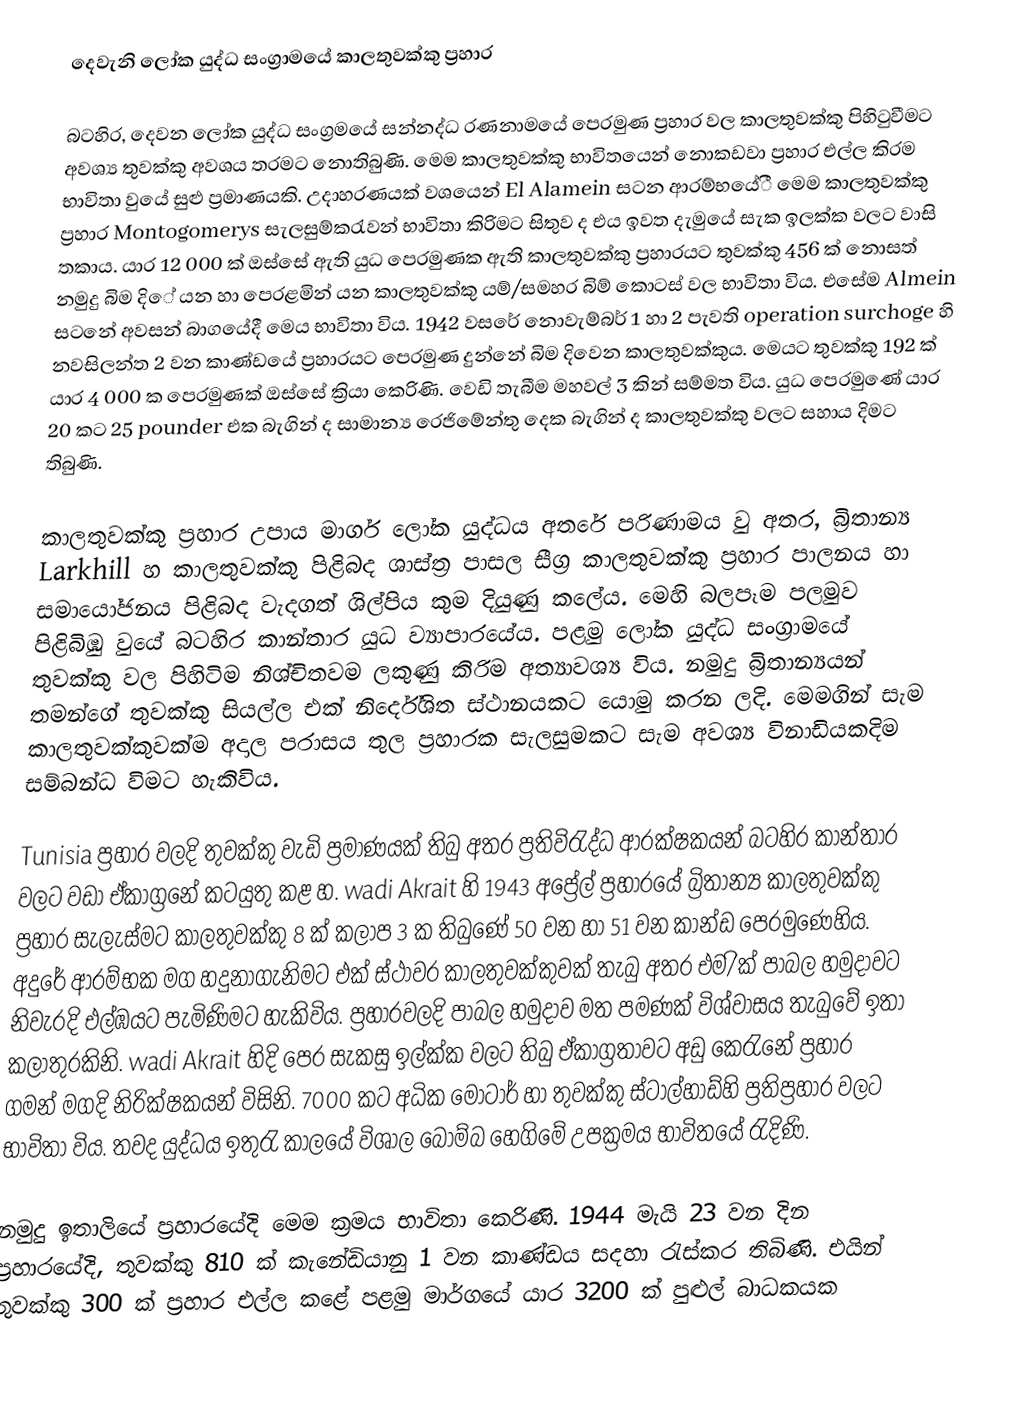
දෙවැනි ලෝක යුද්ධ සංග්‍රාමයේ කාලතුවක්කු ප්‍රහාර

	බටහිර, දෙවන ලෝක යුද්ධ සංග්‍රමයේ සන්නද්ධ රණනාමයේ පෙරමුණ ප්‍රහාර වල කාලතුවක්කු පිහිටුවීමට අවශ්‍ය තුවක්කු අවශය තරමට නොතිබුණි. මෙම කාලතුවක්කු භාවිතයෙන් නොකඩවා ප්‍රහාර එල්ල කිරම භාවිතා වුයේ සුළු ප්‍රමාණයකි. උදාහරණයක් වශයෙන් El Alamein සටන  ආරම්භයේී මෙම කාලතුවක්කු ප්‍රහාර Montogomerys සැලසුම්කරැවන් භාවිතා කිරිමට සිතුව ද එය ඉවත දැමුයේ සැක ඉලක්ක වලට වාසි තකාය. යාර 12 000 ක් ඔස්සේ ඇති යුධ පෙරමුණක ඇති කාලතුවක්කු ප්‍රහාරයට තුවක්කු 456 ක් නොසත් නමුදු බිම දි‍ේ යන හා පෙරළමින් යන කාලතුවක්කු යම්/සමහර බිම් කොටස් වල භාවිතා විය. එසේම Almein සටනේ අවසන් බාගයේදී මෙය භාවිතා විය. 1942 වසරේ නොවැම්බර් 1 හා 2 පැවති  operation surchoge හි නවසිලන්ත 2 වන කාණ්ඩයේ ප්‍රහාරයට පෙරමුණ දුන්නේ බිම දිවෙන කාලතුවක්කුය. මෙයට තුවක්කු 192 ක් යාර 4 000 ක පෙරමුණක් ඔස්සේ ක්‍රියා කෙරිණි. වෙඩි තැබීම මහවල් 3 කින් සම්මත විය. යුධ පෙරමුණේ යාර 20 කට  25 pounder එක බැගින් ද සාමාන්‍ය රෙජිමේන්තු දෙක බැගින් ද කාලතුවක්කු ‍වලට සහාය දිමට තිබුණි.

කාලතුවක්කු ප්‍රහාර උපාය මාර්ග ලෝක යුද්ධය අතරේ පරිණාමය වු අතර, බ්‍රිතාන්‍ය  Larkhill හ කාලතුවක්කු  පිළිබද ශාස්ත්‍ර පාසල සීග්‍ර කාලතුවක්කු ප්‍රහාර පාලනය හා සමායෝජනය පිළිබද වැදගත් ශිල්පිය කුම දියුණු කලේය. මෙහි බලපෑම පලමුව පිළිබිඹු වුයේ බටහිර කාන්තාර යුධ ව්‍යාපාරයේය. පළමු ලෝක යුද්ධ සංග්‍රාමයේ තුවක්කු වල පිහිටිම නිශ්චිතවම ලකුණු කිරිම අත්‍යාවශ්‍ය විය. නමුදු බ්‍රිතාන්‍යයන් තමන්ගේ තුවක්කු සියල්ල එක් නිර්දේශිත ස්ථානයකට යොමු කරන ලදි. මෙමගින් සැම කාලතුවක්කුවක්ම අදාල පරාසය තුල ප්‍රහාරක සැලසුමකට සැම අවශ්‍ය විනාඩියකදිම සම්බන්ධ විමට හැකිවිය.

Tunisia ප්‍රහාර වලදි තුවක්කු වැඩි ප්‍රමාණයක් තිබු අතර ප්‍රතිවිරැද්ධ ආරක්ෂකයන් බටහිර කාන්තාර වලට වඩා ඒකාග්‍රනේ කටයුතු කළ හ.  wadi Akrait හි 1943 අප්‍රේල් ප්‍රහාරයේ බ්‍රිතාන්‍ය කාලතුවක්කු ප්‍රහාර සැලැස්මට කාලතුවක්කු 8 ක් කලාප 3 ක තිබුණේ 50 වන හා 51 වන කාන්ඩ පෙරමුණෙහිය. අදුරේ ආරම්භක මග හදුනාගැනිමට එක් ස්ථාවර කාලතුවක්කුවක් තැබු අතර එම/ික් පාබල හමුදාවට නිවැරදි එල්ඹයට පැමිණිමට හැකිවිය. ප්‍රහාරවලදි පාබල හමුදාව මත පමණක් විශ්වාසය තැබුවේ ඉතා කලාතුරකිනි. wadi Akrait හිදි පෙර සැකසු ඉල්ක්ක වලට තිබු ඒකාග්‍රතාවට අඩු කෙරැනේ ප්‍රහාර ගමන් මගදි නිරික්ෂකයන් විසිනි. 7000 කට‍  අධික මෝටාර් හා තුවක්කු ස්ටාල්හාඩ්හි ප්‍රතිප්‍රහාර වලට භාවිතා විය. තවද යුද්ධය ඉතුරැ කාලයේ විශාල බෝම්බ හෙගි‍මේ උපක්‍රමය භාවිතයේ රැදිණි.

නමුදු ඉතාලියේ ප්‍රහාරයේදි මෙම ක්‍රමය භාවිතා කෙරිණි. 1944 මැයි 23 වන දින  ප්‍රහාරයේදි, තුවක්කු 810 ක් කැනේඩියානු 1 වන කාණ්ඩය සදහා රැස්කර තිබිණි. එයින් තුවක්කු 300 ක් ප්‍රහාර එල්ල කළේ පළමු මාර්ගයේ යාර 3200 ක් පුළුල් බාධකයක